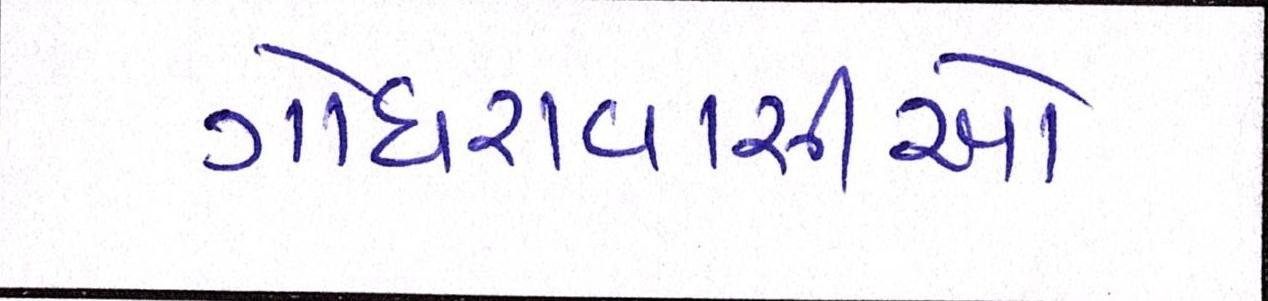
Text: ગોધરાવાસીઓ